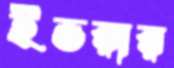
ইভরার